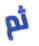
ثم